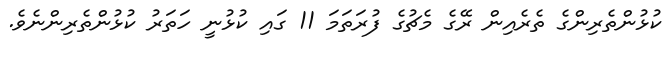
ކުޅުންތެރިންގެ ތެރެއިން ރޭގެ މެޗުގެ ފުރަތަމަ 11 ގައި ކުޅުނީ ހަތަރު ކުޅުންތެރިންނެވެ.